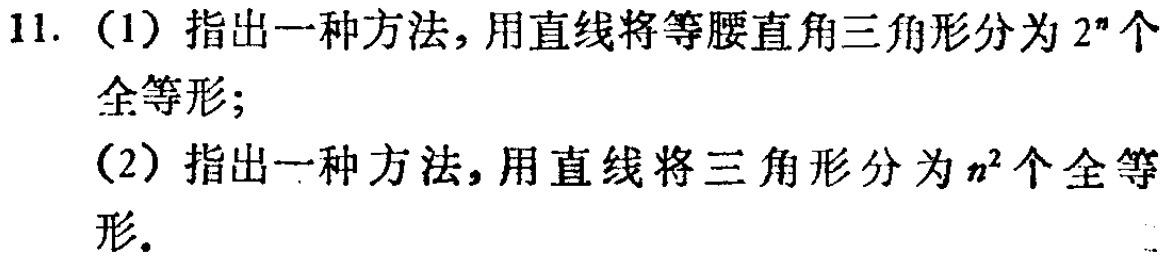
11. (1) 指出一种方法，用直线将等腰直角三角形分为 \(2^{n}\) 个全等形；

(2) 指出一种方法，用直线将三角形分为 \(n^{2}\) 个全等形。